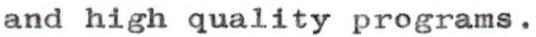
and high quality programs.